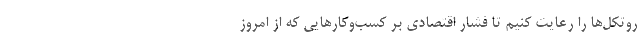
روتکل‌ها را رعایت کنیم تا فشار اقتصادی بر کسب‌وکارهایی که از امروز